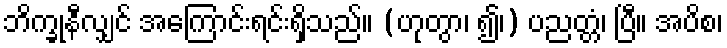
ဘိက္ခုနီလျှင် အကြောင်းရင်းရှိသည်။ (ဟုတွာ၊ ၍၊) ပညတ္တံ၊ ပြီ။ အပိစ၊